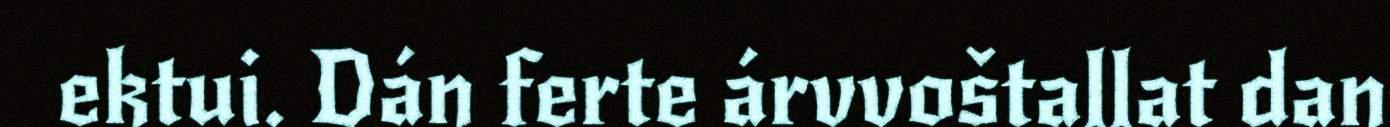
ektui. Dán ferte árvvoštallat dan